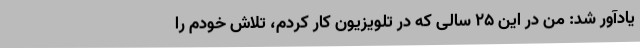
یادآور شد: من در این ۲۵ سالی که در تلویزیون کار کردم، تلاش خودم را